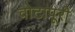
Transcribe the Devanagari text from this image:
वोटापूरी